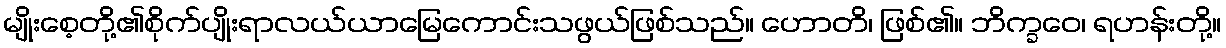
မျိုးစေ့တို့၏စိုက်ပျိုးရာလယ်ယာမြေကောင်းသဖွယ်ဖြစ်သည်။ ဟောတိ၊ ဖြစ်၏။ ဘိက္ခဝေ၊ ရဟန်းတို့။